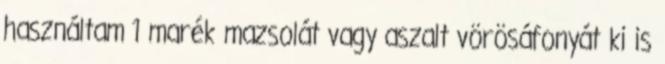
használtam 1 marék mazsolát vagy aszalt vörösáfonyát ki is